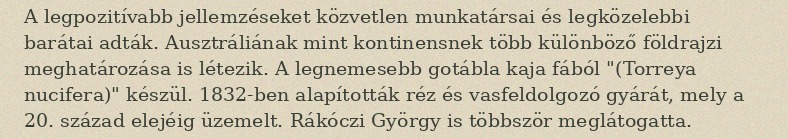
A legpozitívabb jellemzéseket közvetlen munkatársai és legközelebbi barátai adták. Ausztráliának mint kontinensnek több különböző földrajzi meghatározása is létezik. A legnemesebb gotábla kaja fából "(Torreya nucifera)" készül. 1832-ben alapították réz és vasfeldolgozó gyárát, mely a 20. század elejéig üzemelt. Rákóczi György is többször meglátogatta.